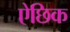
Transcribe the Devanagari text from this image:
ऐछिक